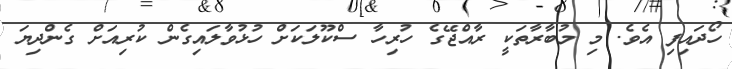
ހޯދައިފި އެވެ. މި މުބާރާތަކީ ރާއްޖޭގެ ހުރިހާ ސްކޫލަކަށް ހުޅުވާލައިގެން ކުރިއަށް ގެންދިޔަ